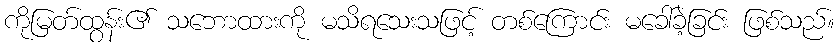
ကိုမြတ်ထွန်း၏ သဘောထားကို မသိရသေးသဖြင့် တစ်ကြောင်း မခေါ်ခဲ့ခြင်း ဖြစ်သည်။